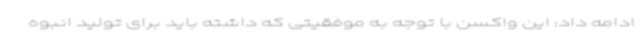
ادامه داد: این واکسن با توجه به موفقیتی که داشته باید برای تولید انبوه